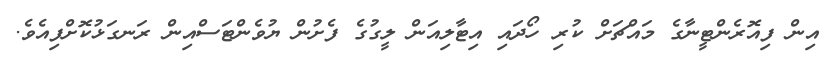
އިން ފިއޮރެންޓީނާގެ މައްޗަށް ކުރި ހޯދައި އިޓާލިއަން ލީގުގެ ފެށުން ޔުވެންޓަސްއިން ރަނގަޅުކޮށްފިއެވެ.